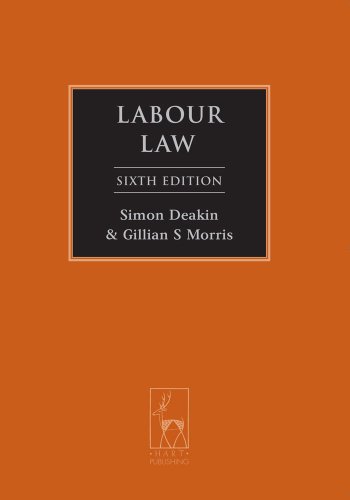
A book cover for Labour Law: Sixth Edition; Simon Deakin; Law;